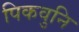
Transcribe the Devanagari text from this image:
पिकवुनि